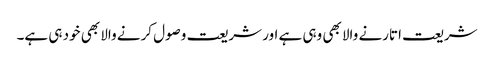
شریعت اتارنے والا بھی وہی ہے اور شریعت وصول کرنے والا بھی خود ہی ہے۔